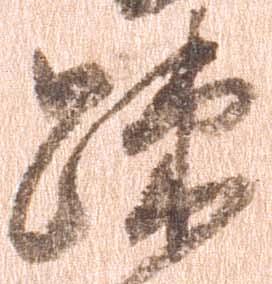
疎